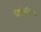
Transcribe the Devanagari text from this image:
विक्रीशृंखला